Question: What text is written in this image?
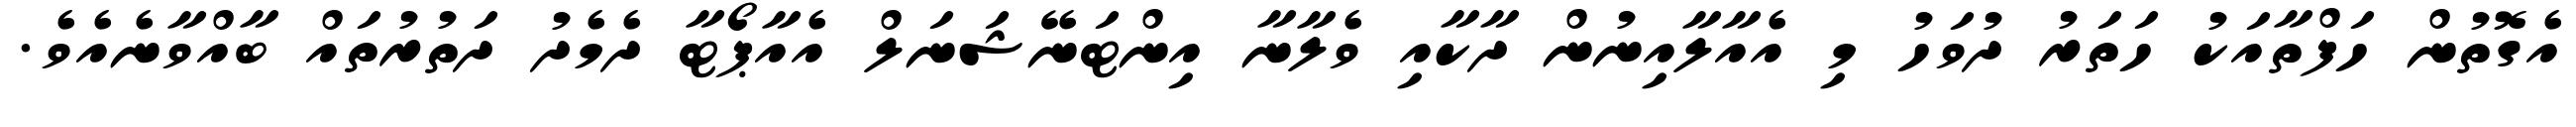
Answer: އެގޮތުން ހަފްތާއަކު ހަތަރު ދުވަހު މި އެއާލާއިނުން ދާކާއި ވެލާނާ އިންޓަނޭޝަނަލް އެއާޕޯޓާ ދެމެދު ދަތުރުތައް ބާއްވާނެއެވެ.